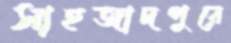
সাহজাদপুরে